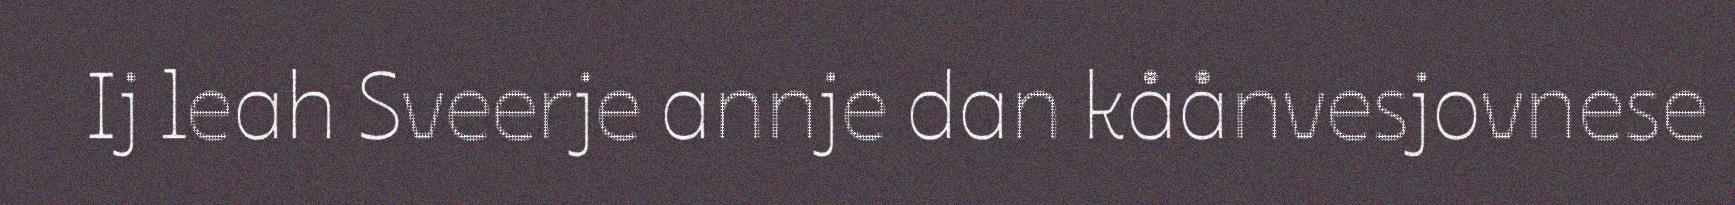
Ij leah Sveerje annje dan kåånvesjovnese